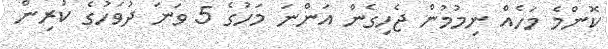
ކޮންމެ މަހެއް ނިމުމުން ޖެހިގެން އަންނަ މަހުގެ 5 ވަނަ ދުވަހުގެ ކުރިން